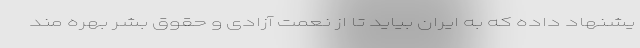
یشنهاد داده که به ایران بیاید تا از نعمت آزادی و حقوق بشر بهره مند